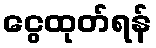
ငွေထုတ်ရန်